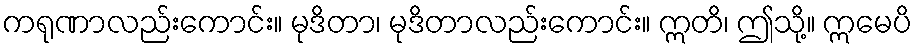
ကရုဏာလည်းကောင်း။ မုဒိတာ၊ မုဒိတာလည်းကောင်း။ ဣတိ၊ ဤသို့။ ဣမေပိ